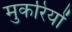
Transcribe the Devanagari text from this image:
मुकरियों